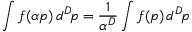
\int f ( \alpha p ) \, d ^ { D } \! p = { \frac { 1 } { \alpha ^ { D } } } \int f ( p ) \, d ^ { D } \! p